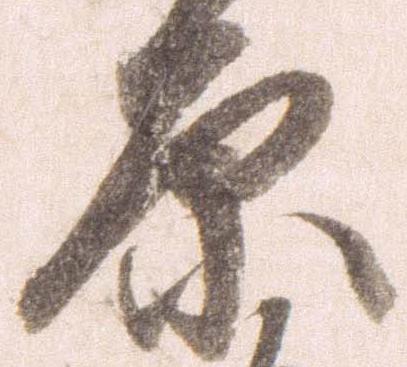
原